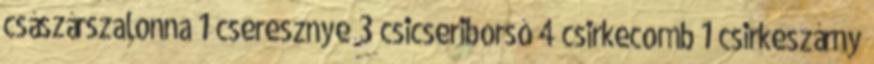
császárszalonna 1 cseresznye 3 csicseriborsó 4 csirkecomb 1 csirkeszárny